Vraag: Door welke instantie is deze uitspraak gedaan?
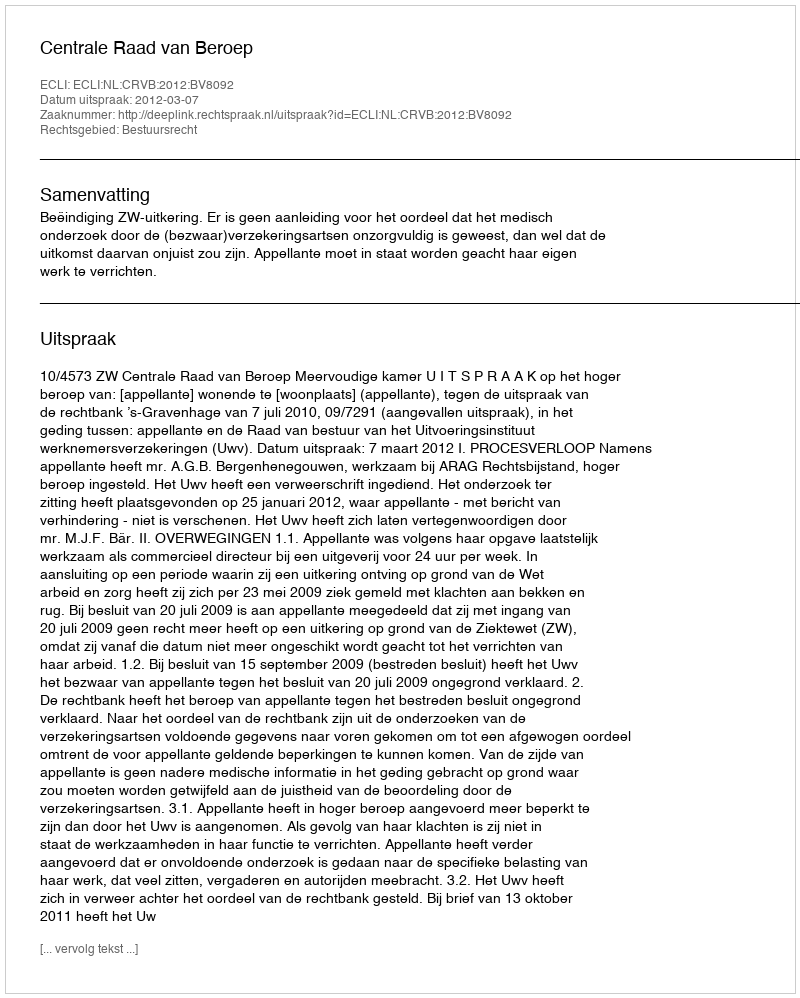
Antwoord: Centrale Raad van Beroep